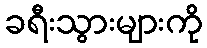
ခရီးသွားများကို